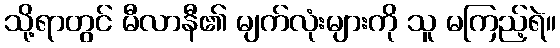
သို့ရာတွင် မီလာနီ၏ မျက်လုံးများကို သူ မကြည့်ရဲ။